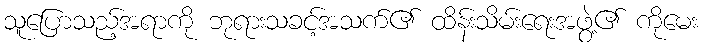
သူပြောသည့်အရာကို ဘုရားသခင့်အသက်၏ ထိန်းသိမ်းရေးအဖွဲ့၏ ကိုမေး